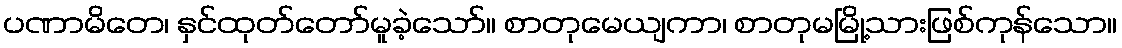
ပဏာမိတေ၊ နှင်ထုတ်တော်မူခဲ့သော်။ စာတုမေယျကာ၊ စာတုမမြို့သားဖြစ်ကုန်သော။